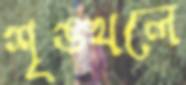
শৃঙ্খলে